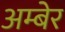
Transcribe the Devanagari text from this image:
अम्बेर